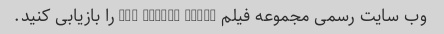
وب سایت رسمی مجموعه فیلم The Hunger Games را بازیابی کنید.